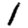
Digit: 1